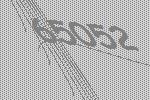
65052